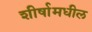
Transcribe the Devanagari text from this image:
शीर्षामधील